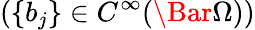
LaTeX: (\{ b_{j}\} \in C^{\infty}(\Bar{\Omega}))